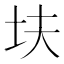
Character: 𫭝